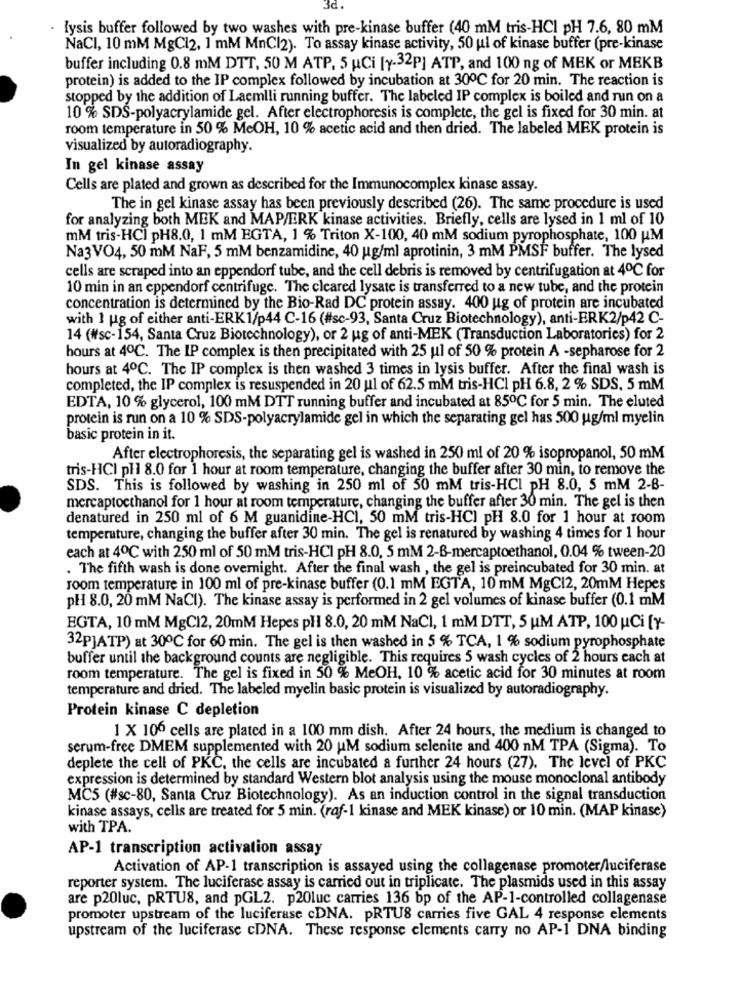
3d.
lysis buffer followed by two washes with pre-kinase buffer (40 mM tris-HCI PH 7.6, 80 mM
NaCI, 10 mM MgCl2, 1 mM MnCl2). To assay kinase activity, 50 ul of kinase buffer (pre-kinase
buffer including 0.8 mM DTT, 50 M ATP. 5 uCi [y-32P] ATP, and 100 ng of MEK or MEKB
protein) is added to the IP complex followed by incubation at 30℃ for 20 min. The reaction is
stopped by the addition of Lacmlli running buffer. The labeled IP complex is boiled and run on a
10 % SDS-polyacrylamide gel. After electrophoresis is complete, the gel is fixed for 30 min. at
room temperature in 50 % MeOH, 10 % acetic acid and then dried. The labeled MEK protein is
visualized by autoradiography.
In gel kinase assay
Cells are plated and grown as described for the Immunocomplex kinase assay.
The in gel kinase assay has been previously described (26). The same procedure is used
for analyzing both MEK and MAP/ERK kinase activities. Briefly, cells are lysed in 1 ml of 10
mM tris-HCI pH8.0, 1 mM EGTA, 1 % Triton X-100, 40 mM sodium pyrophosphate, 100 UM
Na3VO4, 50 mM NaF, 5 mM benzamidine, 40 ug/ml aprotinin, 3 mM PMSF buffer. The lysed
cells are scraped into an eppendorf tube, and the cell debris is removed by centrifugation at 4℃ for
10 min in an eppendorf centrifuge. The cleared lysate is transferred to a new tube, and the protein
concentration is determined by the Bio-Rad DC protein assay. 400 ug of protein are incubated
with 1 ug of either anti-ERK1/p44 C-16 (#sc-93, Santa Cruz Biotechnology), anti-ERK2/p42 C-
14 (#sc-154, Santa Cruz Biotechnology), or 2 ug of anti-MEK (Transduction Laboratories) for 2
hours at 4ºC. The IP complex is then precipitated with 25 ul of 50 % protein A -sepharose for 2
hours at 4℃. The IP complex is then washed 3 times in lysis buffer. After the final wash is
completed, the IP complex is resuspended in 20 ul of 62.5 mM tris-HCl pH 6.8, 2 % SDS. 5 mM
EDTA, 10 % glycerol, 100 mM DTT running buffer and incubated at 850℃ for 5 min. The eluted
protein is run on a 10 % SDS-polyacrylamide gel in which the separating gel has 500 ug/ml myelin
basic protein in it.
After electrophoresis, the separating gel is washed in 250 ml of 20 % isopropanol, 50 mM
tris-HCI ph1 8.0 for 1 hour at room temperature, changing the buffer after 30 min, to remove the
SDS. This is followed by washing in 250 ml of 50 mM tris-HCI PH 8.0, 5 mM 2-B-
mercaptoethanol for 1 hour at room temperature, changing the buffer after 30 min. The gel is then
denatured in 250 ml of 6 M guanidine-HCI, 50 mM tris-HCI pH 8.0 for 1 hour at room
temperature, changing the buffer after 30 min. The gel is renatured by washing 4 times for 1 hour
each at 4℃ with 250 ml of 50 mM tris-HCI pH 8.0, 5 mM 2-B-mercaptoethanol, 0.04 % tween-20
. The fifth wash is done overnight. After the final wash , the gel is preincubated for 30 min. at
room temperature in 100 ml of pre-kinase buffer (0.1 mM EGTA, 10 mM MgC12, 20mM Hepes
pH 8.0, 20 mM NaCI). The kinase assay is performed in 2 gel volumes of kinase buffer (0.1 mM
EGTA, 10 mM MgC12, 20mM Hepes pl 8.0, 20 mM NaCl, 1 mM DTT, 5 UM ATP, 100 uCi [Y-
32PJATP) at 300℃ for 60 min. The gel is then washed in 5 % TCA, 1 % sodium pyrophosphate
buffer until the background counts are negligible. This requires 5 wash cycles of 2 hours each at
room temperature. The gel is fixed in 50 % MeOH, 10 % acetic acid for 30 minutes at room
temperature and dried. The labeled myelin basic protein is visualized by autoradiography.
Protein kinase C depletion
1 X 106 cells are plated in a 100 mm dish. After 24 hours, the medium is changed to
serum-free DMEM supplemented with 20 uM sodium selenite and 400 nM TPA (Sigma). To
deplete the cell of PKC, the cells are incubated a further 24 hours (27). The level of PKC
expression is determined by standard Western blot analysis using the mouse monoclonal antibody
MC5 (#sc-80, Santa Cruz Biotechnology). As an induction control in the signal transduction
kinase assays, cells are treated for 5 min. (raf-1 kinase and MEK kinase) or 10 min. (MAP kinase)
with TPA.
AP-1 transcription activation assay
Activation of AP-1 transcription is assayed using the collagenase promoter/luciferase
reporter system. The luciferase assay is carried out in triplicate. The plasmids used in this assay
are p20luc, pRTU8, and pGL2. p20luc carries 136 bp of the AP-1-controlled collagenase
promoter upstream of the luciferase cDNA. PRTU8 carries five GAL 4 response elements
upstream of the luciferase cDNA. These response clements carry no AP-1 DNA binding